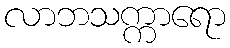
လာဘသက္ကာရော